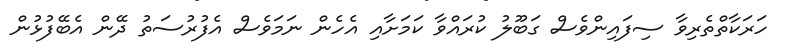
ހަރަކާތްތެރިވާ ސިފައިންވެސް ގަބޫލު ކުރައްވާ ކަމަށާއި އެހެން ނަމަވެސް އެފުރުސަތު ދޭން އެބޭފުޅުން